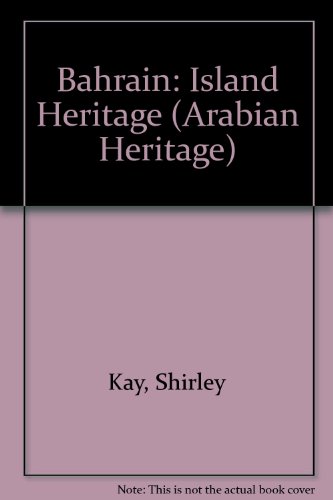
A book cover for Bahrain: Island Heritage (Arabian Heritage); Shirley Kay; History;